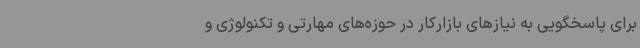
برای پاسخگویی به نیازهای بازارکار در حوزه‌های مهارتی و تکنولوژی و